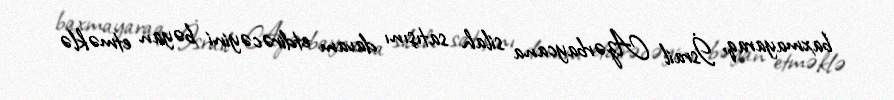
baxmayaraq, İsrail Azərbaycana silah satışını davam etdirəcəyini bəyan etməklə